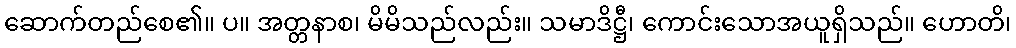
ဆောက်တည်စေ၏။ ပ။ အတ္တနာစ၊ မိမိသည်လည်း။ သမာဒိဋ္ဌီ၊ ကောင်းသောအယူရှိသည်။ ဟောတိ၊